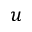
u